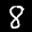
Label: 8